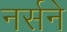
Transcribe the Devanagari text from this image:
नर्सने